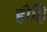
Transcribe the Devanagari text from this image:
होहि